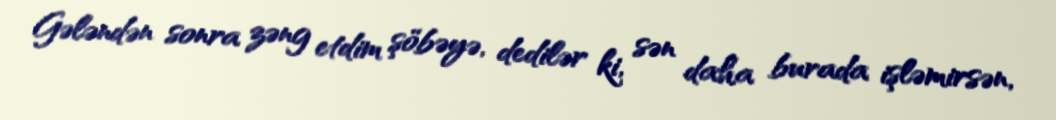
Gələndən sonra zəng etdim şöbəyə, dedilər ki, sən daha burada işləmirsən,